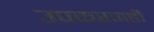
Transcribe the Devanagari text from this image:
उपकरणही